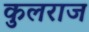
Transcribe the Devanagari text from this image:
कुलराज